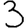
Digit: 3